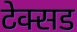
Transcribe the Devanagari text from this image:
टेक्सड